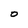
Character: 0